Vaccination in Bombay 1856-1862 - 1856-1862
Year: 1856
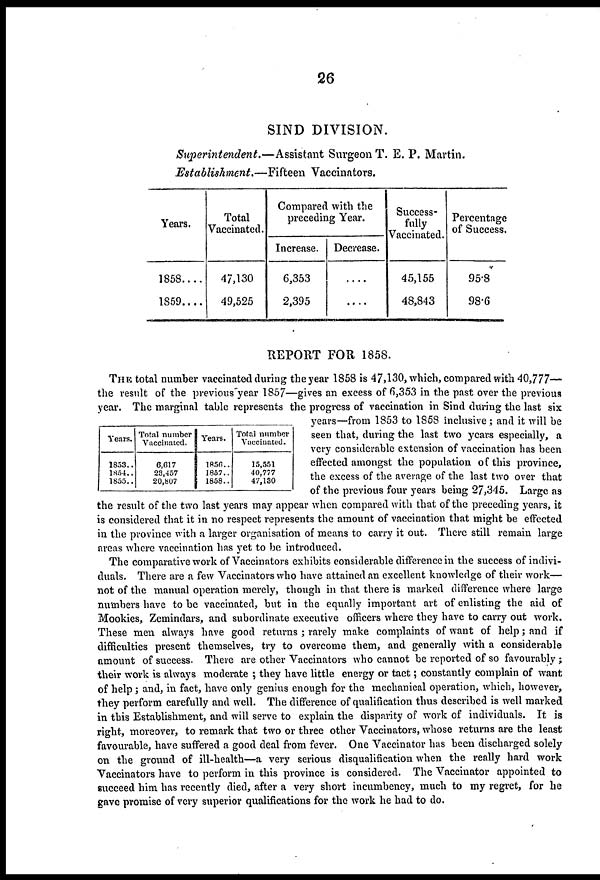
26
SIND DIVISION.
Superintendent.—Assistant
Surgeon T. E. P. Martin.
Establishment.—Fifteen
Vaccinators.
Years.
1858....
1859....
Total
Vaccinated.
47,130
49,525
Compared with the
preceding Year.
Increase.
6,353
2,395
Decrease.
....
....
Success-
fully
Vaccinated.
45,155
48,843
Percentage
of Success.
95.8
98.6
REPORT FOR 1858.
THE total number vaccinated during the year 1858 is 47,130, which, compared with 40,777—
the result of the previous year 1857—gives an excess of 6,353 in the past over the previous
year. The marginal table represents the progress of vaccination in Sind during the last six
years—from 1853 to 1858 inclusive; and it will be
seen that, during the last two years especially, a
very considerable extension of vaccination has been
effected amongst the population of this province,
the excess of the average of the last two over that
of the previous four years being 27,345. Large as
the result of the two last years may appear when compared with that of the preceding years, it
is considered that it in no respect represents the amount of vaccination that might be effected
in the province with a larger organisation of means to carry it out. There still remain large
areas where vaccination has yet to be introduced.
The comparative work of Vaccinators exhibits considerable difference in the success of indivi-
duals. There are a few Vaccinators who have attained an excellent knowledge of their work—
not of the manual operation merely, though in that there is marked difference where large
numbers have to be vaccinated, but in the equally important art of enlisting the aid of
Mookies, Zemindars, and subordinate executive officers where they have to carry out work.
These men always have good returns ; rarely make complaints of want of help; and if
difficulties present themselves, try to overcome them, and generally with a considerable
amount of success. There are other Vaccinators who cannot be reported of so favourably ;
their work is always moderate ; they have little energy or tact; constantly complain of want
of help ; and, in fact, have only genius enough for the mechanical operation, which, however,
they perform carefully and well. The difference of qualification thus described is well marked
in this Establishment, and will serve to explain the disparity of work of individuals. It is
right, moreover, to remark that two or three other Vaccinators, whose returns are the least
favourable, have suffered a good deal from fever. One Vaccinator has been discharged solely
on the ground of ill-health—a very serious disqualification when the really hard work
Vaccinators have to perform in this province is considered. The Vaccinator appointed to
succeed him has recently died, after a very short incumbency, much to my regret, for he
gave promise of very superior qualifications for the work he had to do.
Years.
1853 ..
1854.. 1855..
Total number
Vaccinated.
6,617 23,457
20,807
Years.
1856 ..
1857 ..
1858 ..
Total number
Vaccinated.
15,551
40,777
47,130